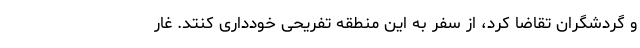
و گردشگران تقاضا کرد، از سفر به این منطقه تفریحی خودداری کنتد. غار